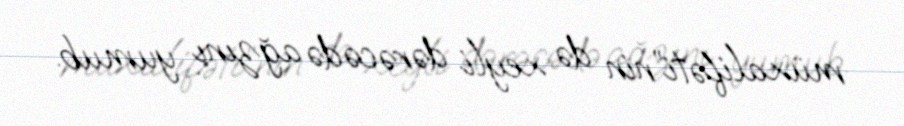
müxalifəti”nin də xeyli dərəcədə ağzını yumub.